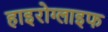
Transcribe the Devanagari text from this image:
हाइरोग्लाइफ